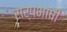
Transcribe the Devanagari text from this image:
सर्पभाषी